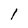
Character: I